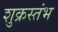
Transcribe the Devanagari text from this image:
शुक्रस्तंभ